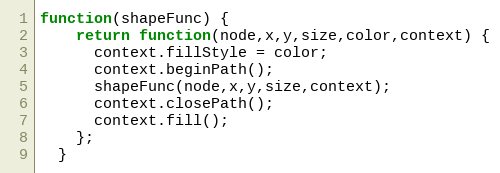
Language: JavaScript
function(shapeFunc) {
    return function(node,x,y,size,color,context) {
      context.fillStyle = color;
      context.beginPath();
      shapeFunc(node,x,y,size,context);
      context.closePath();
      context.fill();
    };
  }